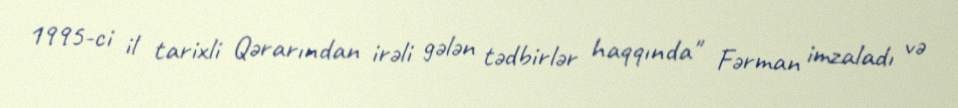
1995-ci il tarixli Qərarından irəli gələn tədbirlər haqqında" Fərman imzaladı və